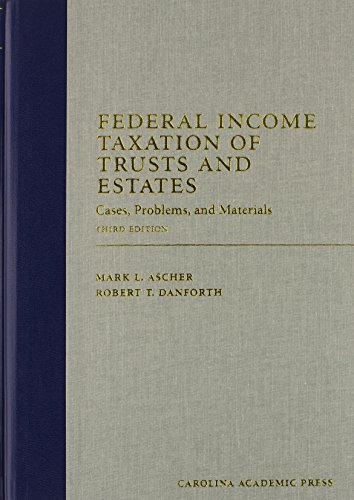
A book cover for Federal Income Taxation of Trusts and Estates: Cases, Problems, and Materials (Carolina Academic Press Law Casebook); Mark L. Ascher; Law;